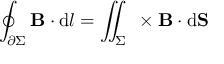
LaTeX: \oint _ { \partial \Sigma } \mathbf { B } \cdot \mathrm { d } { \boldsymbol { l } } = \iint _ { \Sigma } \mathbf { \nabla } \times \mathbf { B } \cdot \mathrm { d } \mathbf { S }